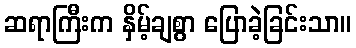
ဆရာကြီးက နှိမ့်ချစွာ ပြောခဲ့ခြင်းသာ။